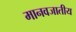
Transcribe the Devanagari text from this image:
मानवजातीय